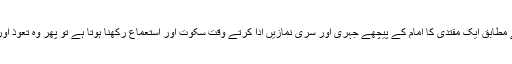
جب حنفی مسلک کے مطابق ایک مقتدی کا امام کے پیچھے جہری اور سری نمازیں ادا کرتے وقت سکوت اور استعماع رکھنا ہوتا ہے تو پھر وہ تعوذ اور تسمیہ کیوں پڑھے؟